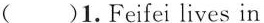
( )1.Feifei lives in ____.